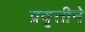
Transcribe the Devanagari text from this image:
प्रवृत्तीने